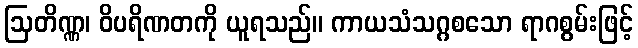
ဩတိဏ္ဏ၊ ဝိပရိဏတကို ယူရသည်။ ကာယသံသဂ္ဂစသော ရာဂစွမ်းဖြင့်